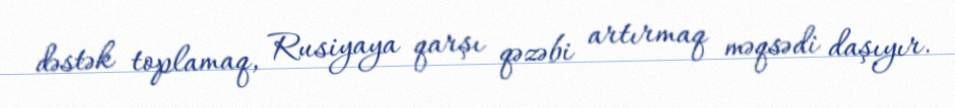
dəstək toplamaq, Rusiyaya qarşı qəzəbi artırmaq məqsədi daşıyır.